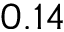
0 . 1 4